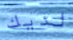
لديك